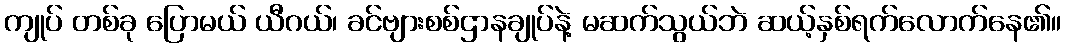
ကျုပ် တစ်ခု ပြောမယ် ယီဂယ်၊ ခင်ဗျားစစ်ဌာနချုပ်နဲ့ မဆက်သွယ်ဘဲ ဆယ့်နှစ်ရက်လောက်နေ၏။